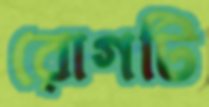
রোগটি